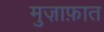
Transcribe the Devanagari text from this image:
मुज़ाफ़ात